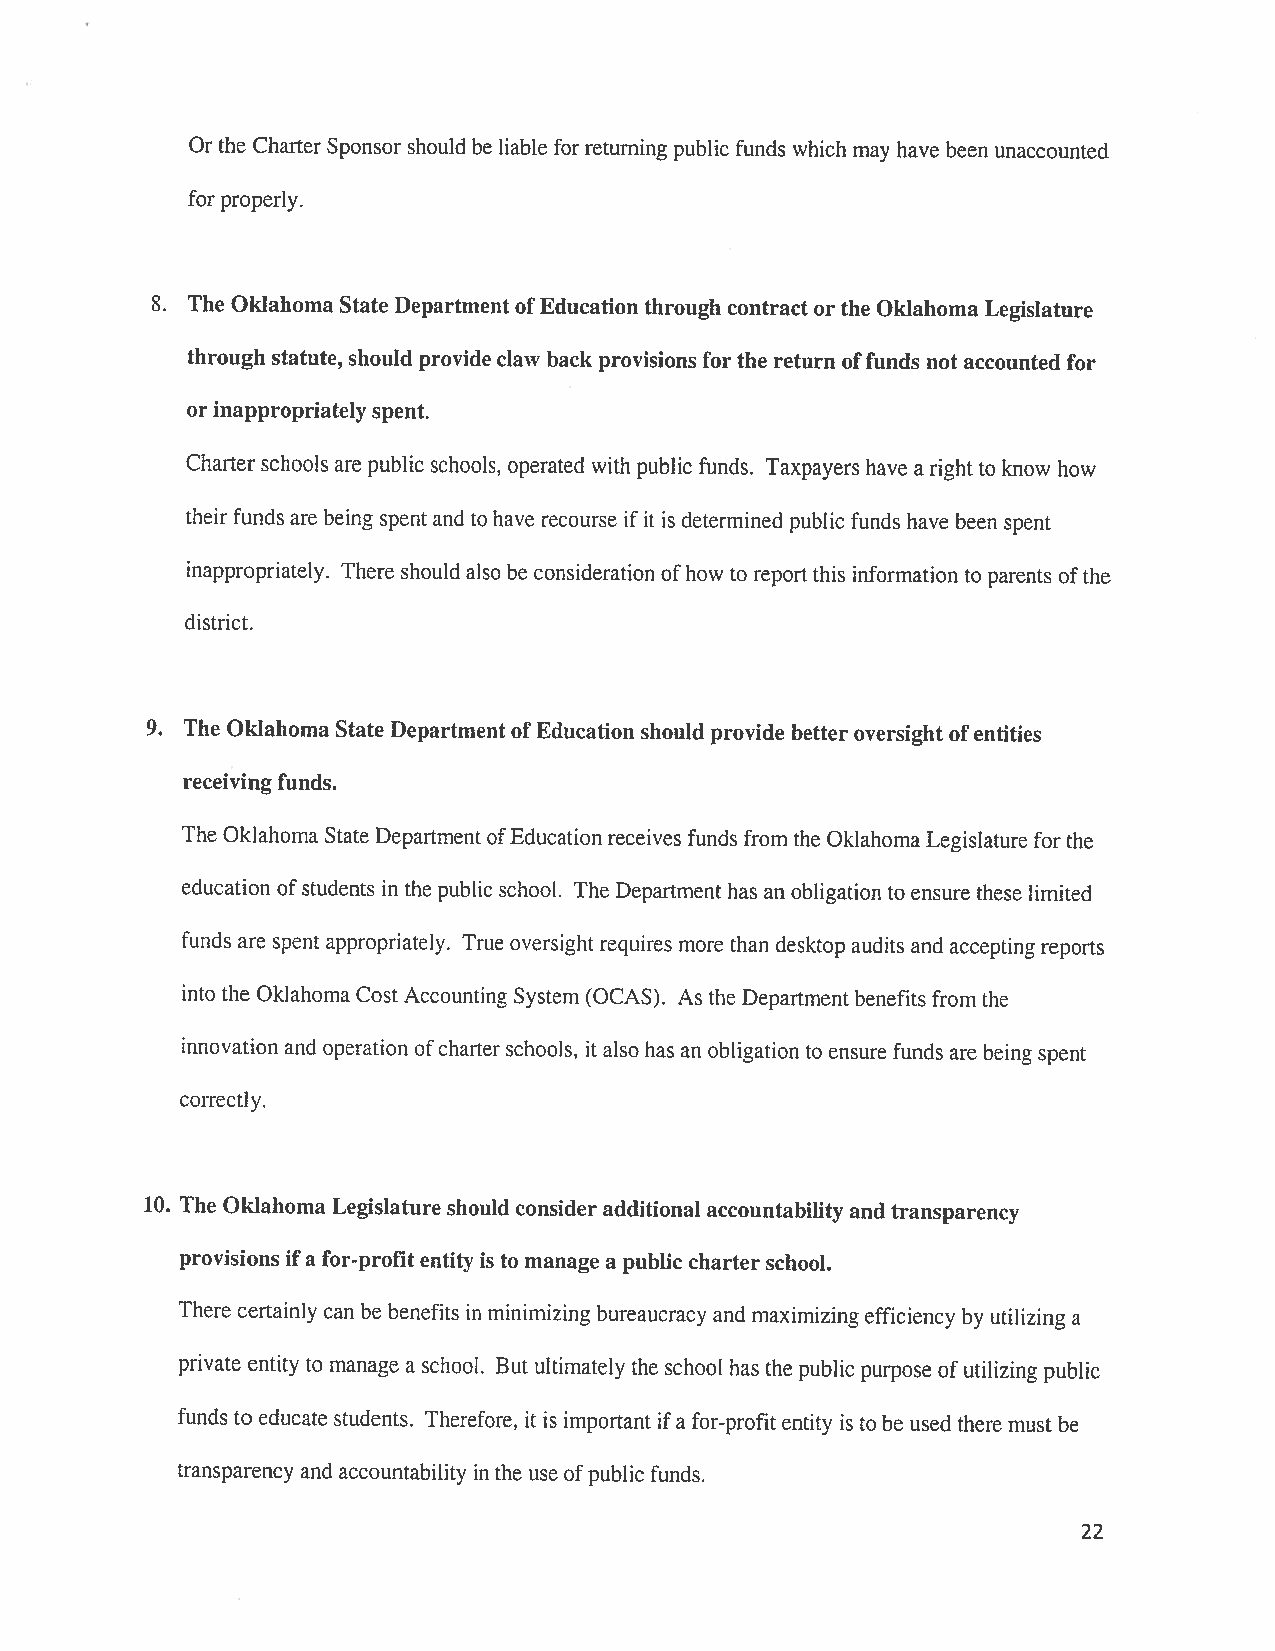
Or the Charter Sponsor should be liable forreturning public funds which may have been unaccounted
 for properly.
 8. The Oklahoma State Department ofEducation through contract or the Oklahoma Legislature
 through statute, should provide claw back provisions for the return offunds not accounted for
 or inappropriately spent.
 Charter schools are public schools, operated with public funds. Taxpayers have a rightto know how
 their funds are being spent and to have recourse if it is determined public funds have been spent
 inappropriately. There should also be consideration ofhow to reportthis information to parents ofthe
 district.
 9. The Oklahoma State Department ofEducation should provide better oversight ofentities
 receiving funds.
 The Oklahoma State Department ofEducation receives funds from the OklahomaLegislature for the
 education ofstudents in the public school. The Department has an obligation to ensure these limited
 funds are spent appropriately. True oversight requires more than desktop audits and accepting reports
 into the Oklahoma Cost Accounting System (OCAS). As the Department benefits from the
 innovation and operation ofcharter schools, it also has an obligation to ensure funds are being spent
 correctly.
 10. The Oklahoma Legislature should consider additional accountability and transparency
 provisions ifa for-profit entity is to manage a public charterschool.
 There certainly can be benefits in minimizing bureaucracy and maximizingefficiency by utilizing a
 private entity to manage a school. But ultimately the school has the public purpose ofutilizing public
 funds to educate students. Therefore, it is important ifa for-profit entity is to be used there must be
 transparency and accountability in the use ofpublic funds.
 22